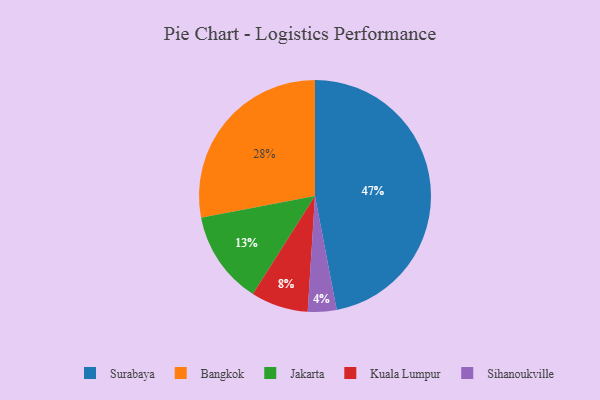
{"axis": {"x": "Category", "y": "Percentage"}, "legend": ["Bangkok", "Jakarta", "Kuala Lumpur", "Sihanoukville", "Surabaya"], "data": [{"x": "Jakarta", "y": 13, "type": "Jakarta"}, {"x": "Kuala Lumpur", "y": 8, "type": "Kuala Lumpur"}, {"x": "Surabaya", "y": 47, "type": "Surabaya"}, {"x": "Bangkok", "y": 28, "type": "Bangkok"}, {"x": "Sihanoukville", "y": 4, "type": "Sihanoukville"}]}